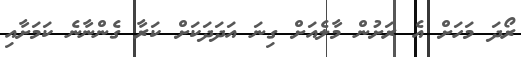
ރޯދަ މަހަށް އެ ރަށުން މާލެއަށް ގިނަ އަދަދަކަށް ކަރާ ގެންނާނެ ކަމަށާއި